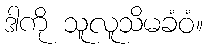
ဒါကို သူလူသိမခံဝံ။